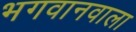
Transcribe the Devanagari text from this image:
भगवानवाला